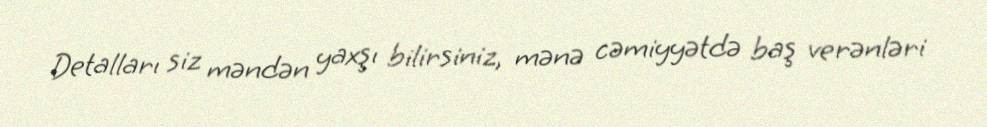
Detalları siz məndən yaxşı bilirsiniz, mənə cəmiyyətdə baş verənləri